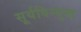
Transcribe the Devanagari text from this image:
सूर्यविन्मुख